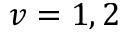
v = 1 , 2